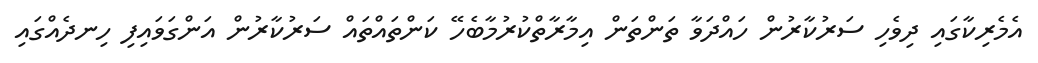
އެމެރިކާގައި ދިވެހި ސަރުކާރުން ހައްދަވާ ތަންތަން އިމާރާތްކުރުމާބެހޭ ކަންތައްތައް ސަރުކާރުން އަންގަވައިފި ހިނދެއްގައި